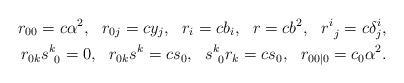
LaTeX: \begin{align*}&&r_{00}=c\alpha^2, \ \ r_{0j}=cy_j, \ \ r_i=cb_i, \ \ r=cb^2, \ \ r^i_{~j}=c\delta^i_j,\\&&r_{0k}s^k_{~0}=0, \ \ r_{0k}s^k=cs_0, \ \ s^k_{~0}r_k=cs_0, \ \ r_{00|0}=c_0\alpha^2.\end{align*}